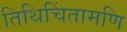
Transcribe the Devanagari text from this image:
तिथिचिंतामणि